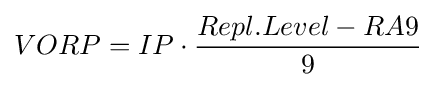
VORP=IP\cdot {Repl.Level-RA9 \over 9}